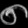
Digit: ၈